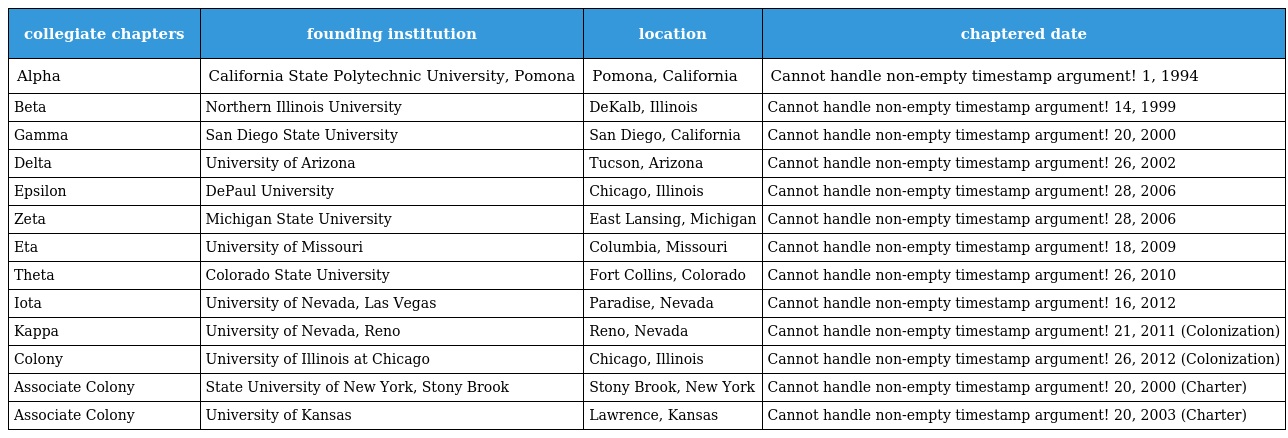
| collegiate chapters | founding institution | location | chaptered date |
 | --- | --- | --- | --- |
 | Alpha | California State Polytechnic University, Pomona | Pomona, California | Cannot handle non-empty timestamp argument! 1, 1994 |
 | Beta | Northern Illinois University | DeKalb, Illinois | Cannot handle non-empty timestamp argument! 14, 1999 |
 | Gamma | San Diego State University | San Diego, California | Cannot handle non-empty timestamp argument! 20, 2000 |
 | Delta | University of Arizona | Tucson, Arizona | Cannot handle non-empty timestamp argument! 26, 2002 |
 | Epsilon | DePaul University | Chicago, Illinois | Cannot handle non-empty timestamp argument! 28, 2006 |
 | Zeta | Michigan State University | East Lansing, Michigan | Cannot handle non-empty timestamp argument! 28, 2006 |
 | Eta | University of Missouri | Columbia, Missouri | Cannot handle non-empty timestamp argument! 18, 2009 |
 | Theta | Colorado State University | Fort Collins, Colorado | Cannot handle non-empty timestamp argument! 26, 2010 |
 | Iota | University of Nevada, Las Vegas | Paradise, Nevada | Cannot handle non-empty timestamp argument! 16, 2012 |
 | Kappa | University of Nevada, Reno | Reno, Nevada | Cannot handle non-empty timestamp argument! 21, 2011 (Colonization) |
 | Colony | University of Illinois at Chicago | Chicago, Illinois | Cannot handle non-empty timestamp argument! 26, 2012 (Colonization) |
 | Associate Colony | State University of New York, Stony Brook | Stony Brook, New York | Cannot handle non-empty timestamp argument! 20, 2000 (Charter) |
 | Associate Colony | University of Kansas | Lawrence, Kansas | Cannot handle non-empty timestamp argument! 20, 2003 (Charter) |